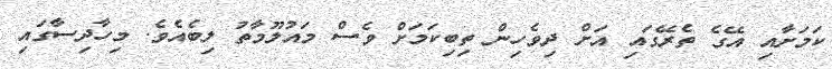
ކަމަށާއި އޭގެ ތެރޭގައި އަށް ދިވެހިން ތިބިކަމަށް ވެސް މައުލޫމާތު ލިބެއެވެ. މިހާދިސާގައި